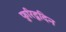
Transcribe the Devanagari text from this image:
फुरिदूदिन